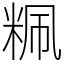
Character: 䊃